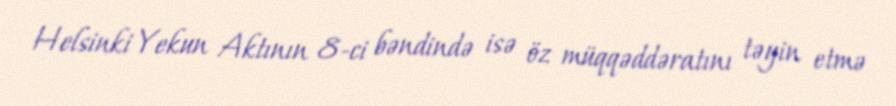
Helsinki Yekun Aktının 8-ci bəndində isə öz müqqəddəratını təyin etmə